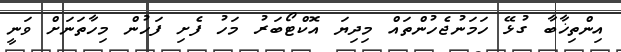
އިންތިޚާބާ ގުޅޭ ހަމަނުޖެހުންތައް މިދިޔަ އޮކްޓޯބަރު މަހު ފެށި ފަހުން މިހާތަނަށް ވަނީ